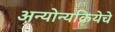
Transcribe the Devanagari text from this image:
अन्योन्यक्रियेचे